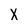
Character: X